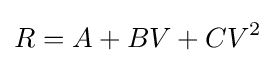
R=A+BV+CV^{2}